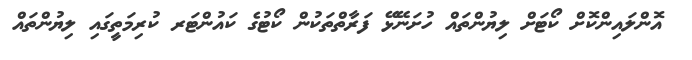
އޮންލައިންކޮށް ކޯޓަށް ލިޔުންތައް ހުށަނޭޅޭ ފަރާތްތަކުން ކޯޓުގެ ކައުންޓަރ ކުރިމަތީގައި ލިޔުންތައް